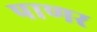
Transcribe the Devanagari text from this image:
पाणर